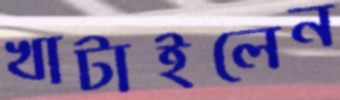
খাটাইলেন